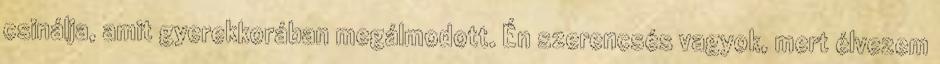
csinálja, amit gyerekkorában megálmodott. Én szerencsés vagyok, mert élvezem